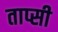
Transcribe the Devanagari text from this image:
ताप्सी